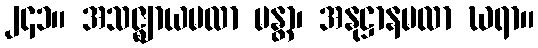
၂၄၁။ အသဇ္ဈာယမလာ မန္တာ၊ အနုဋ္ဌာနမလာ ဃရာ။